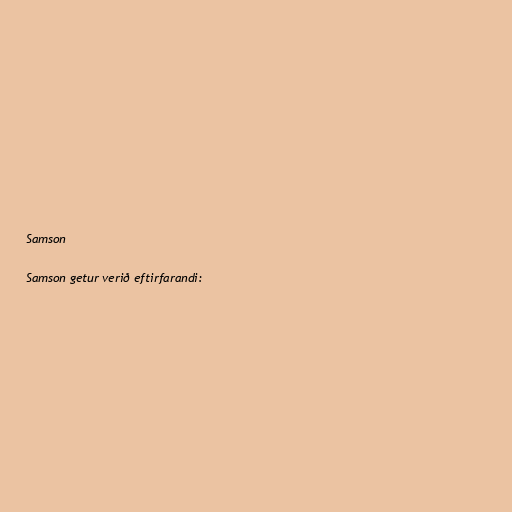
Samson

Samson getur verið eftirfarandi: